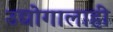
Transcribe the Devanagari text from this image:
उद्योगालाही